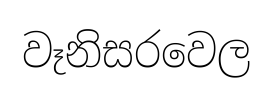
වෑනිසරවෙල